Indian journal of veterinary science and animal husbandry - Volumes 18-21, 1948-1951
Year: 1948
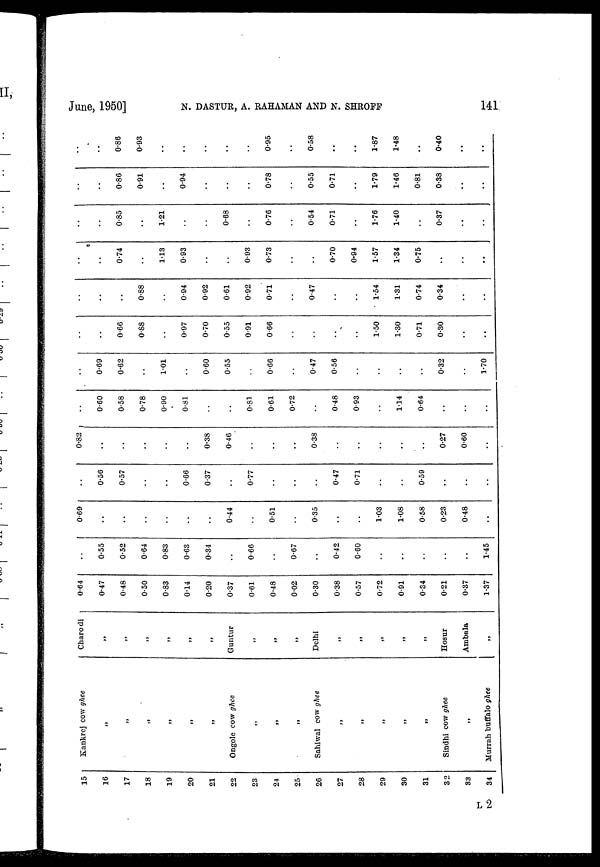
June, 1950] N. DASTUR, A. RAHAMAN AND N. SHROFF 141
15
16
17
18
19
20
21
22
23
24
25
26
27
28
29
30
31
32
33
34
Kankrej cow ghee
„
„
„
„
„
„
Ongole cow ghee
„
„
„
Sahiwal cow ghee
„
„
„
„
„
Sindhi cow ghee
„
Murrah buffalo ghee
Charo di
„
„
„
„
„
„
Guntur
„
„
„
Delhi
„
„
„
„
„
Hosur
Ambala
„
0.64
0.47
0.48
0.50
0.83
0.14
0.20
0.37
0.61
0.48
0.02
0.30
0.38
0.57
0.72
0.91
0.34
0.21
0.37
1.37
..
0.55
0.52
0.64
0.83
0.63
0.34
..
0.66
..
0.67
..
0.42
0.60
..
..
..
..
..
1.45
0.69
..
..
..
..
..
..
0.44
..
0.51
..
0.35
..
..
1.03
1.08
0.58
0.23
0.48
..
0.56
0.57
..
..
0.66
0.37
..
0.77
..
..
..
0.47
0.71
..
..
0.59
..
..
..
0.82
..
..
..
..
..
0.38
0.46
..
..
..
0.38
..
..
..
..
..
0.27
0.60
..
..
0.60
0.58
0.78
0.90
0.81
..
..
0.81
0.61
0.72
..
0.48
0.93
..
1.14
0.64
..
..
..
..
0.69
0.62
..
1.01
..
0.60
0.55
..
0.66
..
0.47
0.56
..
..
..
..
0.32
..
1.70
..
..
0.66
088
..
0.97
0.70
0.55
0.91
0.66
..
..
..
..
1.50
1.30
0.71
0.30
..
..
..
..
..
0.88
..
0.94
0.92
0.61
0.92
0.71
..
0.47
..
..
1.54
1.31
0.74
0.34
..
..
..
0
0.74
..
1.13
0.93
..
..
0.93
0.73
..
0.70
0.94
1.57
1.34
0.75
..
..
..
..
..
0.85
..
1.21
..
..
0.68
..
0.76
..
0.54
0.71
..
1.76
1.40
..
0.37
..
..
..
..
0.86
0.91
..
0.94
..
..
..
0.78
..
0.55
0.71
..
1.79
1.46
0.81
0.38
..
..
..
..
0.86
0.93
..
..
..
..
..
0.95
..
0.58
..
..
1.87
1.48
..
0.40
..
..
L2